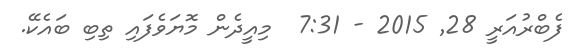
ފެބްރުއަރީ 28